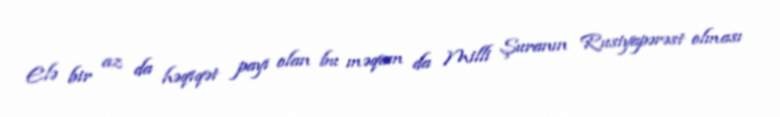
Elə bir az da həqiqət payı olan bu məqam da Milli Şuranın Rusiyapərəst olması